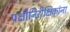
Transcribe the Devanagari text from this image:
पक्षीनिरीक्षिकांना